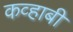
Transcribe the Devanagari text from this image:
कव्हाबी